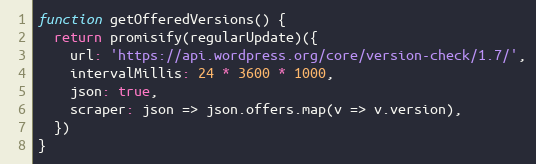
Language: JavaScript
function getOfferedVersions() {
  return promisify(regularUpdate)({
    url: 'https://api.wordpress.org/core/version-check/1.7/',
    intervalMillis: 24 * 3600 * 1000,
    json: true,
    scraper: json => json.offers.map(v => v.version),
  })
}